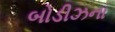
બોડીઝના